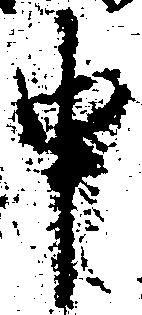
申